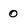
Character: 0